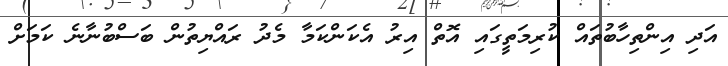
އަދި އިންތިހާބުތައް ކުރިމަތީގައި އޮތް އިރު އެކަންކަމާ މެދު ރައްޔިތުން ބަސްބުނާނެ ކަމަށް